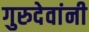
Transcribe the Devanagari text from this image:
गुरुदेवांनी